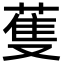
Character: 蒦